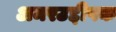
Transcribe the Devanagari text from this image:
अमरउद्दीपक